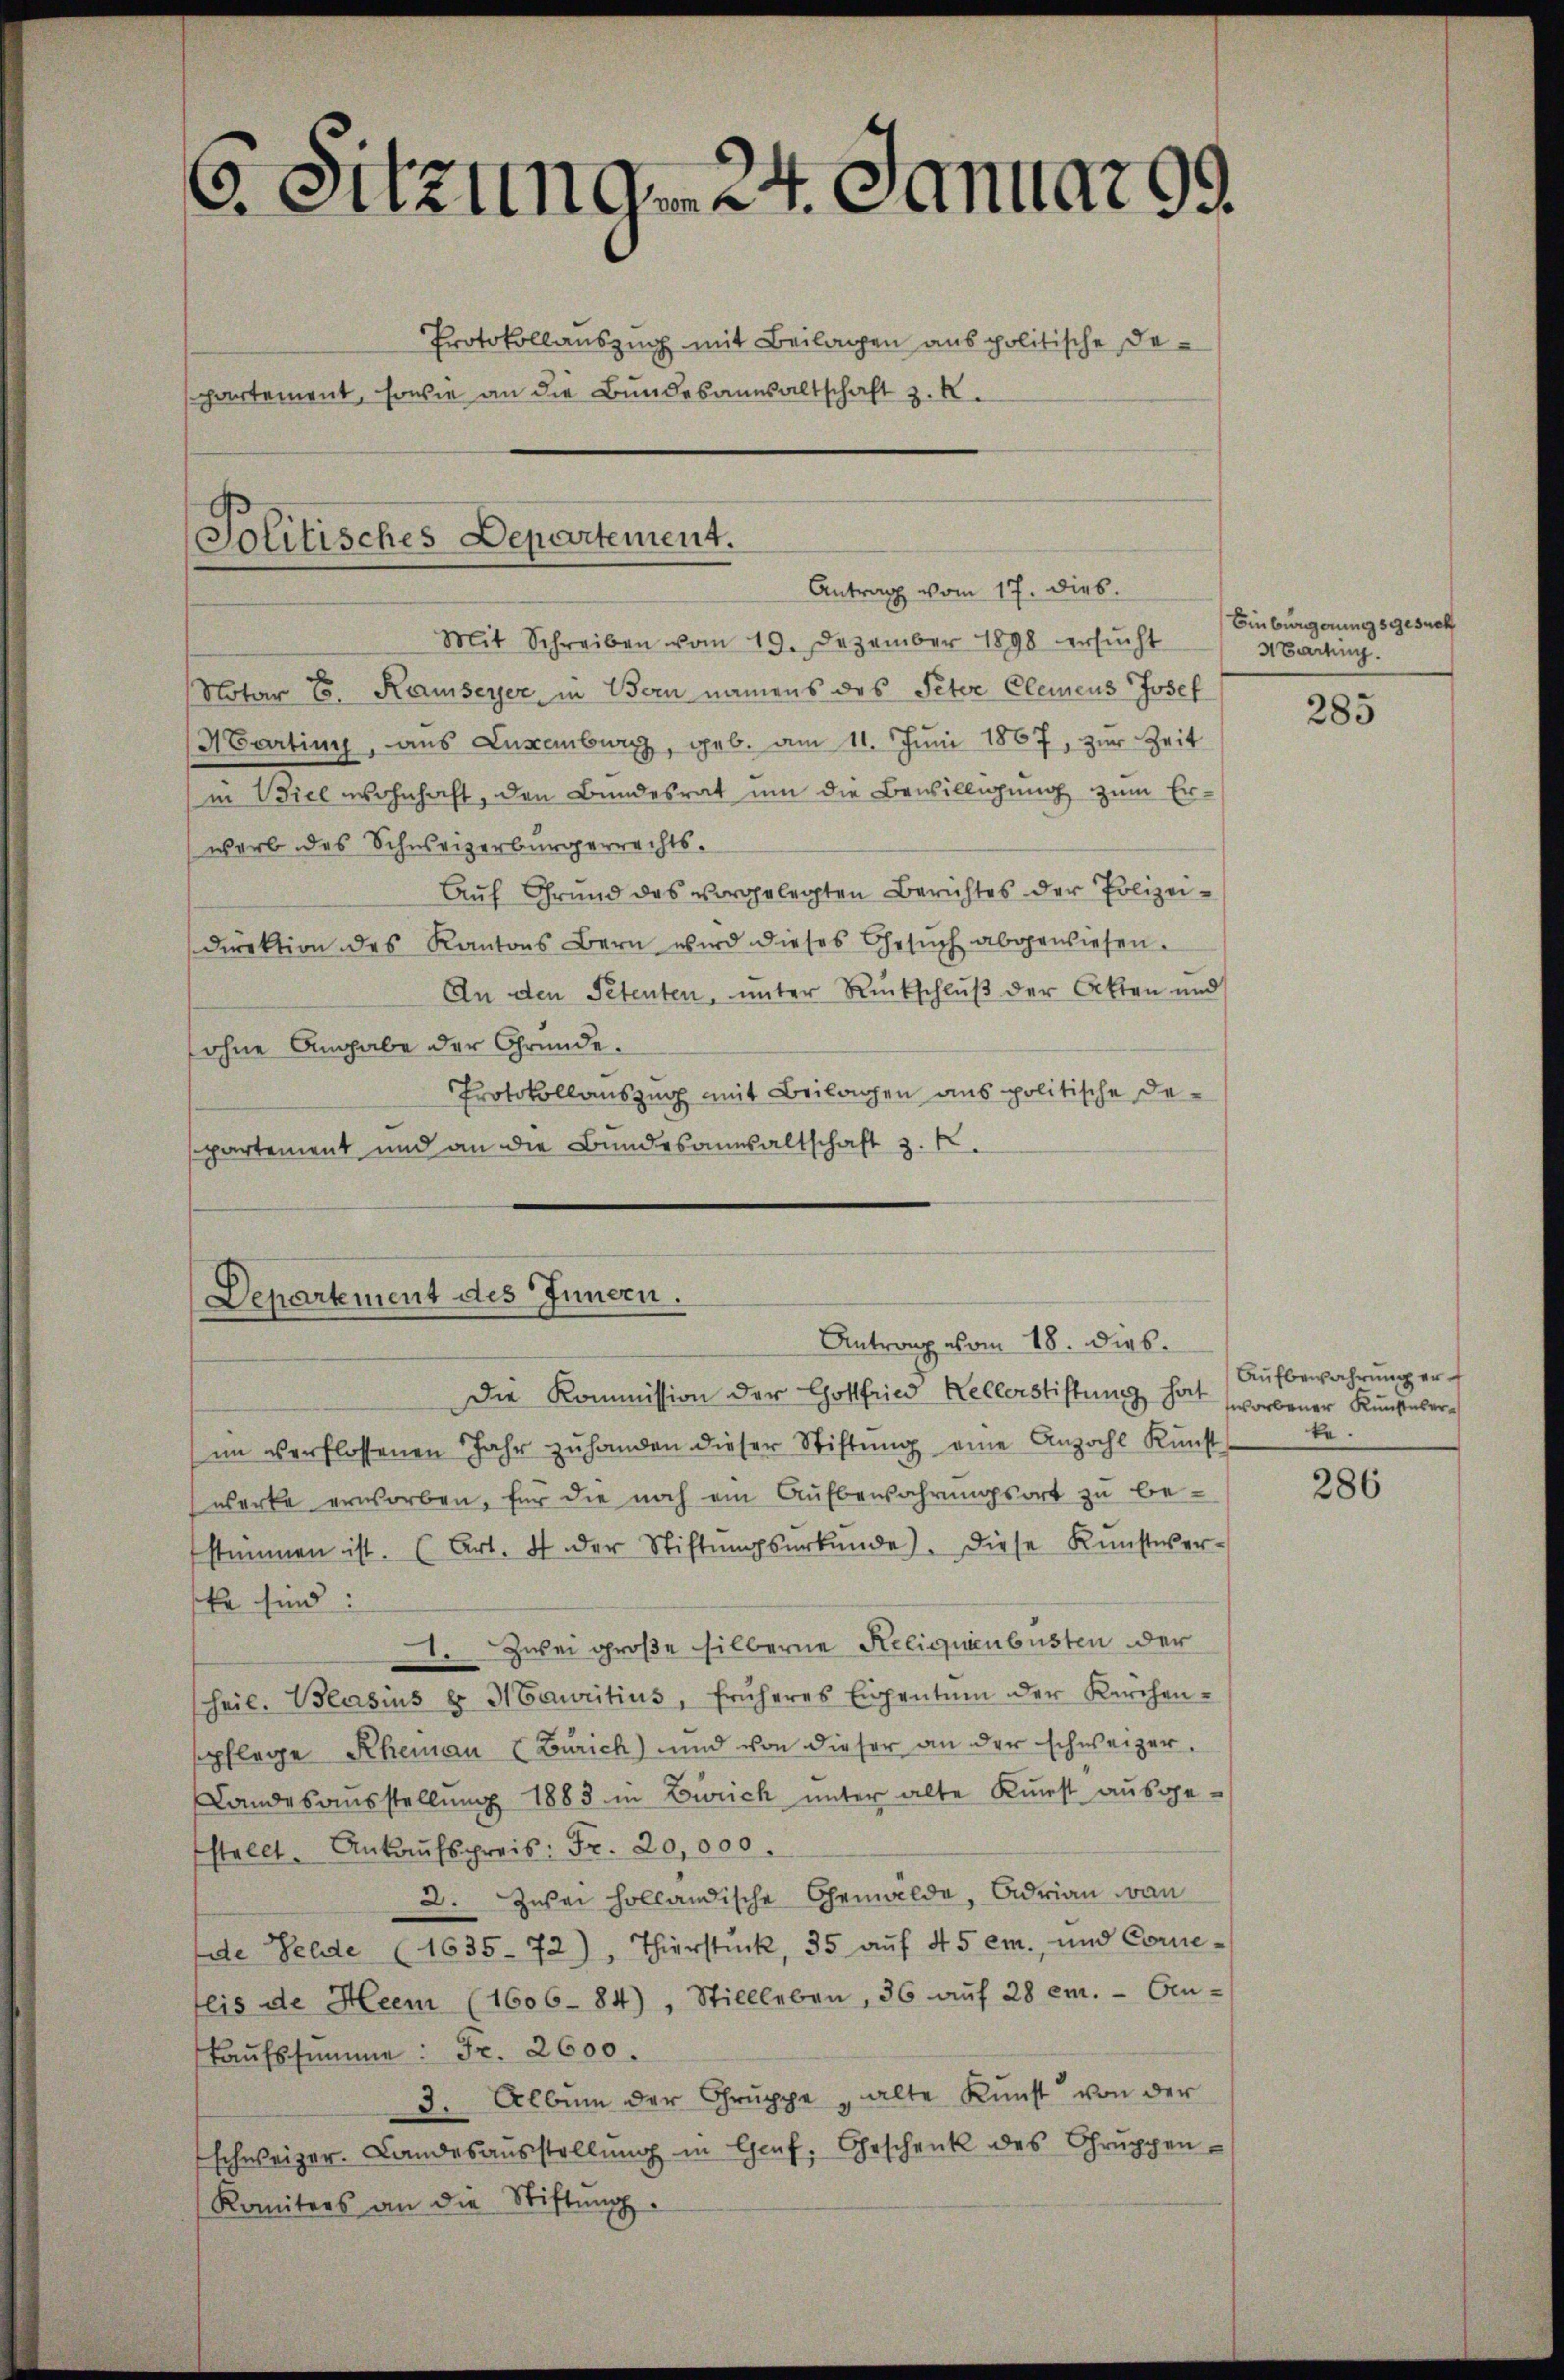
G. Sitzung 24. Januar 99.
Protokollauszug mit Beilagen aus politische Departement, sowie an die Bundesangsaltschaft z. R.

Solitisches Departement.
Antrag vom 17. dies.
Mit Schreiben vom 19. Dezember 1898 ersŭcht

Notar E. Ramseyer in Bern namens des Peter Clemens Josef
Marting, aus Luxenburg, geb. am 11. Juni 1867, zur Zeit
(in Viel wohnhaft, den Bundesrat um die Bewilligung zum Erwarb des Schweizerbürgerrechts.
Auf Grund des vorgelegten Berichtes der Polizeidirektion des Kantons Bern wird dieses Gesŭch abgewiesen.
An den Petenten, unter Rückschluß der Akten und
sohne Angabe der Gründe.
Protokollauszug mit Beilagen aus politische Departement und an die Bundesanwaltschaft z. B.

Departement des Innern.
Antrag vom 18. dies
Die Kommission der Gottfried Kellerstiftung hat

im verflossenen Jahr zŭ handen dieser Stiftŭng eine Anzahl Kŭnst
werke erworben, für die noch ein Aufbewahrungsort zu be-
stimmen ist. (Art. 4 der Stiftŭngsŭrkŭnde). Diese Kŭnstwer-
Er sind:
. Zwei große silberne Reliquienbusten der
heil. Blasius u. Mauritius, früheres Eigentum der Kirchen-
spflege Rheinau (Zürich) und von dieser an der schweizer.
Landesausstellung 1883 in Zürich unter alte Kunst ausge-
stellt. Ankaufspreis: Fr. 20,000.
2. Zwei holländische Gemälde, Adrian von
de Felde (1635-72), Thierstück, 35 aŭf 45 cm., und Corre-
eis de Heer (1606-84), Stillleben, 36 aŭf 28 em. — Cen-
kaŭfssumme: Fr. 2600.
3. Album der Gruppe alte Kunst von der
schweizer. Landesaŭsstellŭng in Genf. Geschenk des Chrŭppen-
Komitees an die Stiftung.

Einbürgerungsgesuch
Abarting.

285

Aŭfbewahrung er
worbener Kunsteserte.

286